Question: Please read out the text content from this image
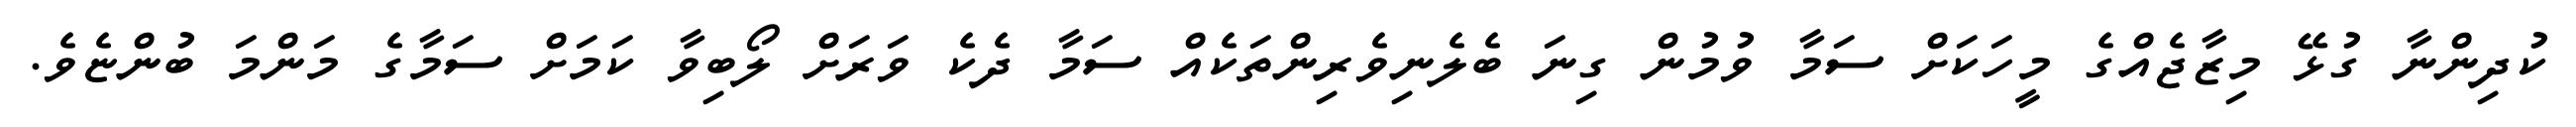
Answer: ކުދިންނާ ގުޅޭ މިޒާޖެއްގެ މީހަކަށް ސަމާ ވުމުން ގިނަ ބެލެނިވެރިންތަކެއް ސަމާ ދެކެ ވަރަށް ލޯބިވާ ކަމަށް ސަމާގެ މަންމަ ބުންޏެވެ.